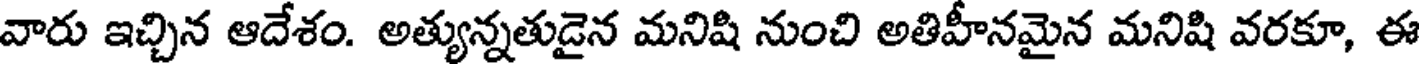
వారు ఇచ్చిన ఆదేశం. అత్యున్నతుడైన మనిషి నుంచి అతిహీనమైన మనిషి వరకూ, ఈ